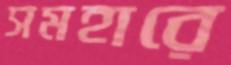
সমহারে